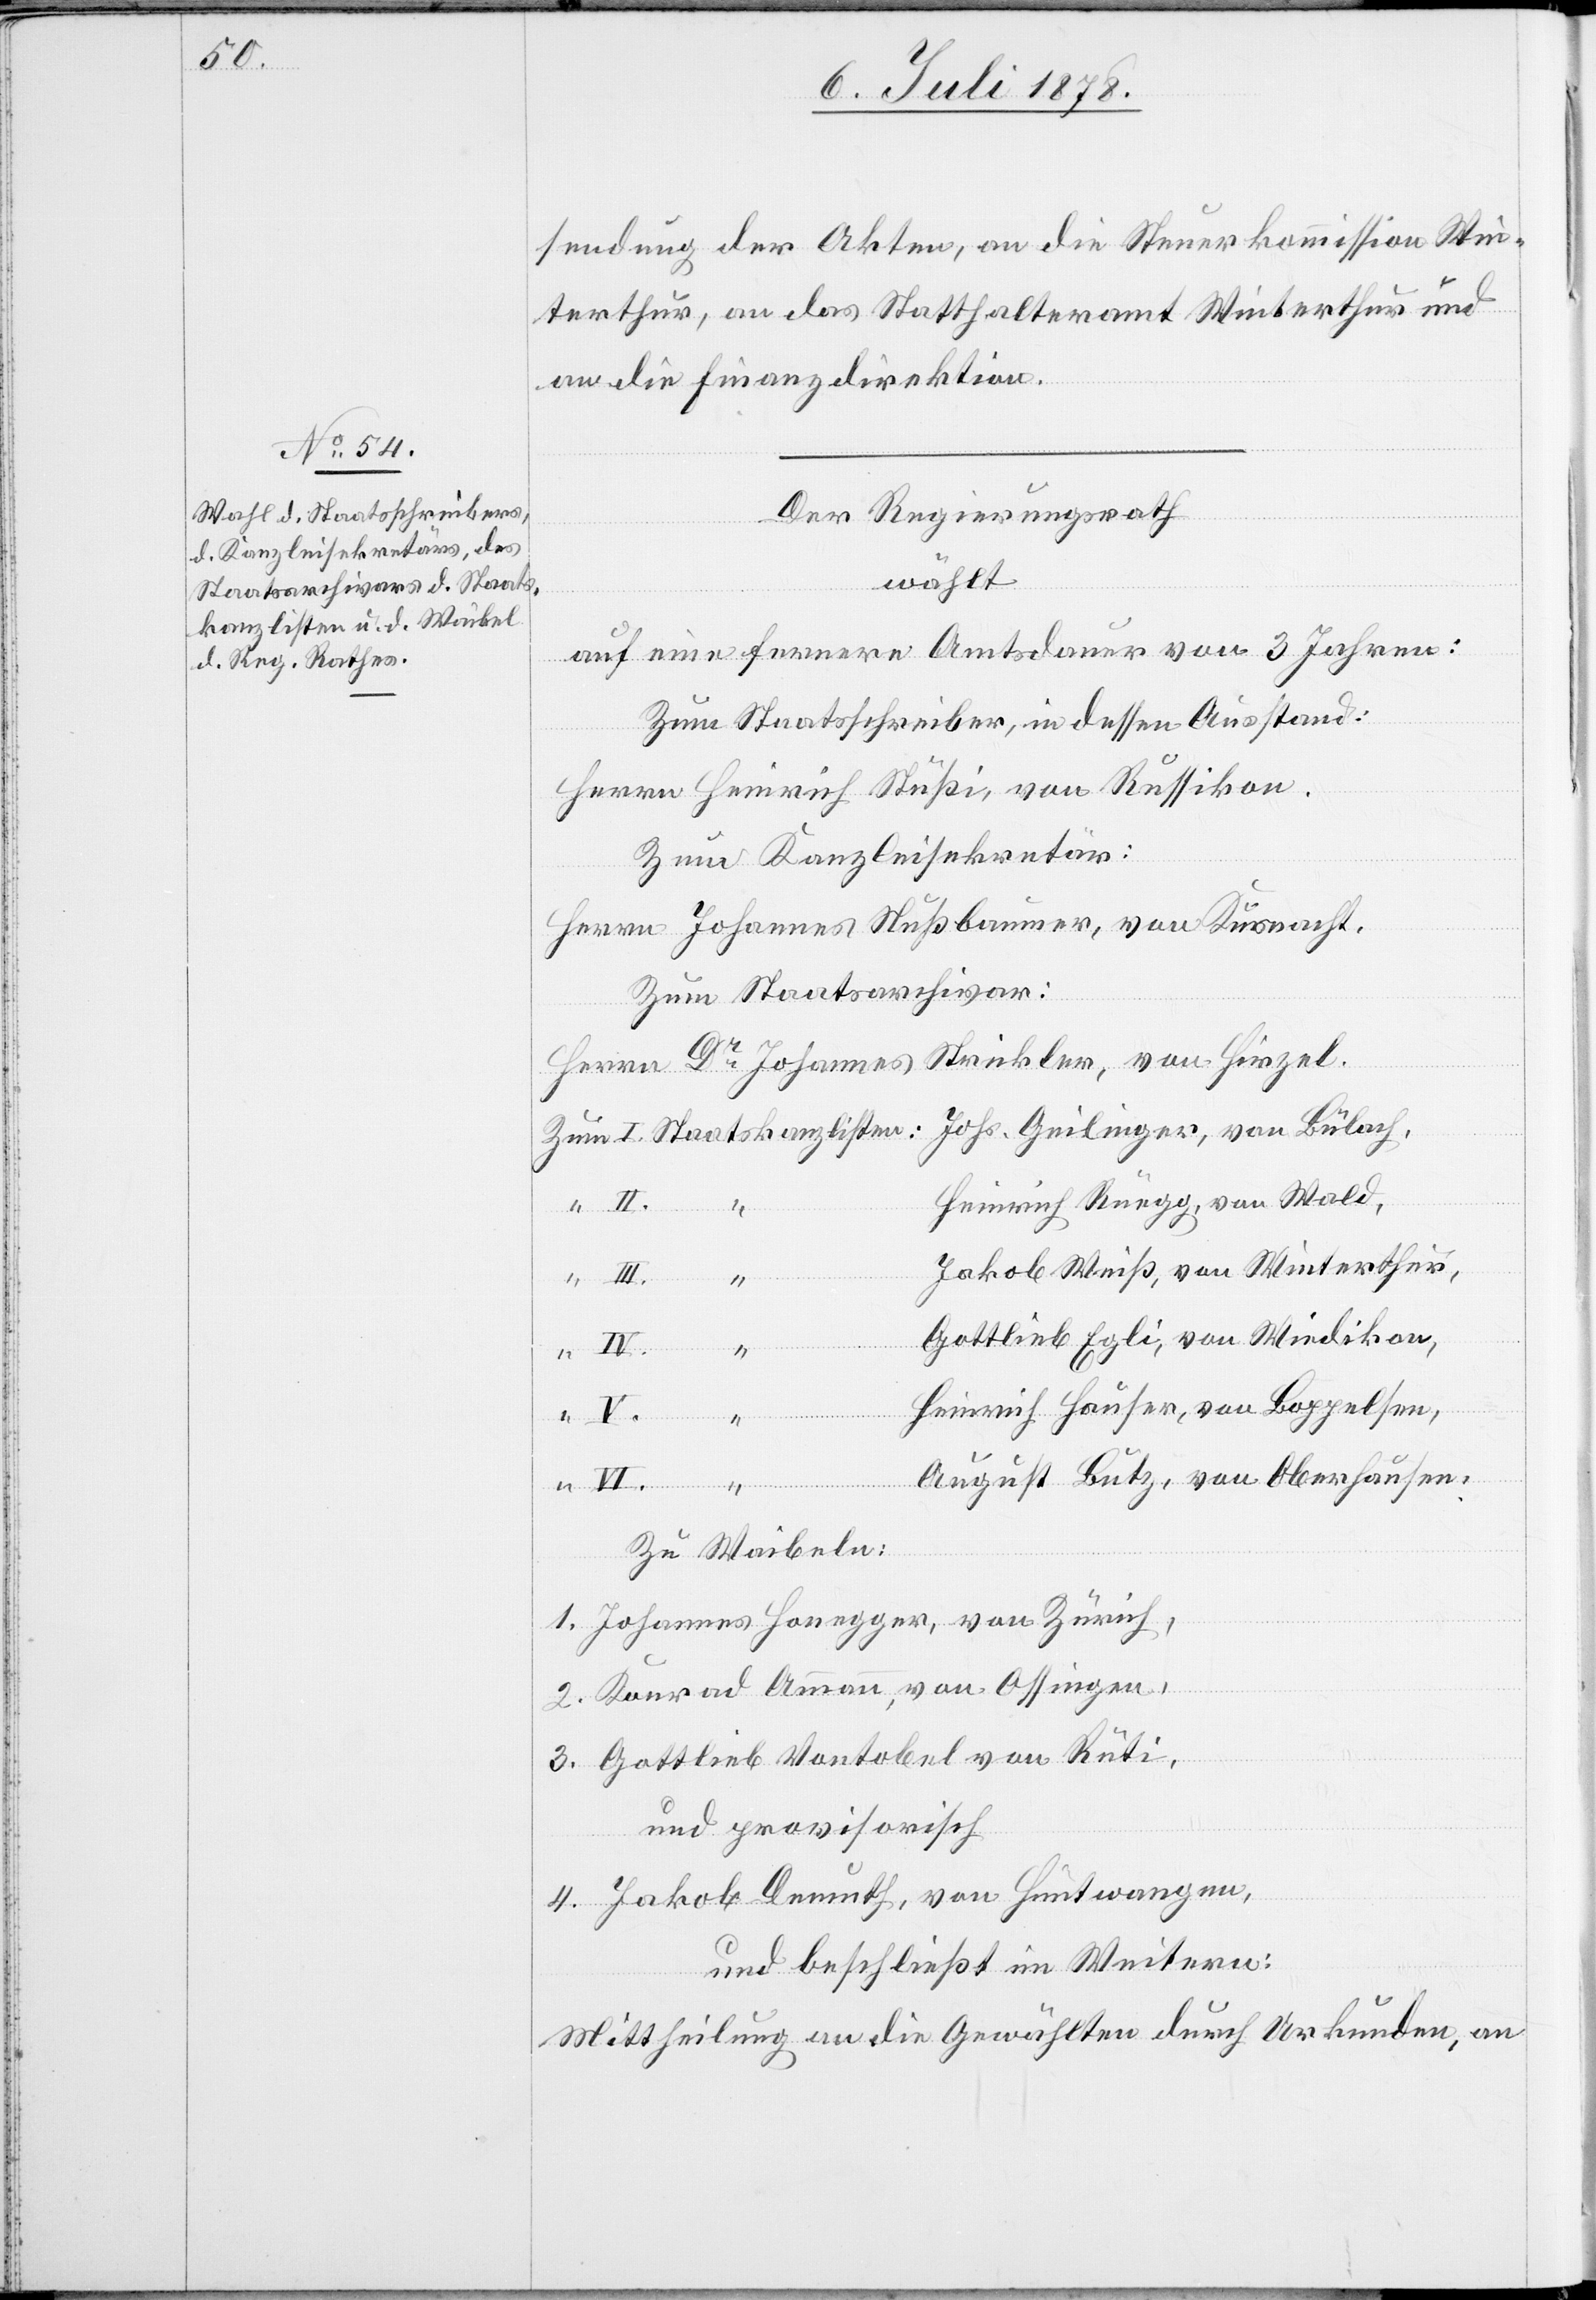
sendung der Akten, an die Steuerkommission Win¬
terthur, an das Statthalteramt Winterthur und
an die Finanzdirektion.
Der Regierungsrath
wählt
auf eine fernere Amtsdauer von 3 Jahren:
Zum Staatsschreiber, in dessen Ausstand:
Herrn Heinrich Stüßi, von Russikon.
Zum Kanzleisekretär:
Herrn Johannes Nußbaumer, von Küsnacht.
Zum Staatsarchivar:
Herrn Dr Johannes Strickler, von Hirzel.
Zum I. Staatskanzlisten: Johs. Geilinger, von Bülach,
Heinrich Rüegg, von Wald,
Jakob Weiß, von Winterthur,
VI.
Gottlieb Egli, von Wiedikon,
Heinrich Hauser, von Boppelsen,
“
III.
August Butz, von Oberhausen.
Zu Waibeln:
1. Johannes Honegger, von Zürich,
2. Konrad Ammann, von Ossingen,
3. Gottlieb Vontobel von Rüti,
und provisorisch
4. Jakob Demuth, von Hüntwangen,
und beschließt im Weitern:
Mittheilung an die Gewählten durch Urkunden, an